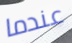
عندما